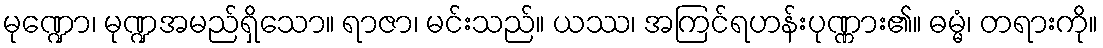
မုဏ္ဍော၊ မုဏ္ဍအမည်ရှိသော။ ရာဇာ၊ မင်းသည်။ ယဿ၊ အကြင်ရဟန်းပုဏ္ဏား၏။ ဓမ္မံ၊ တရားကို။